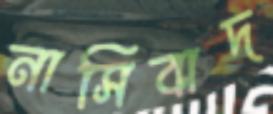
নাসিবাদ